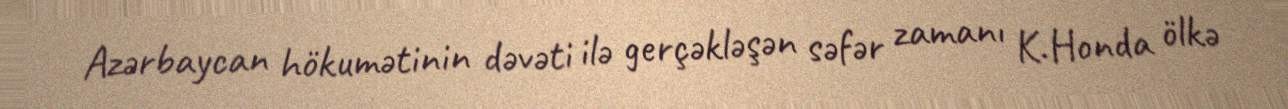
Azərbaycan hökumətinin dəvəti ilə gerçəkləşən səfər zamanı K.Honda ölkə